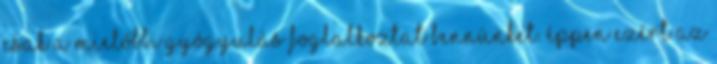
csak a mielőbbi gyógyulás foglalkoztat bennünket. Éppen ezért az